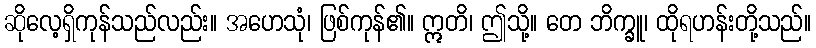
ဆိုလေ့ရှိကုန်သည်လည်း။ အဟေသုံ၊ ဖြစ်ကုန်၏။ ဣတိ၊ ဤသို့။ တေ ဘိက္ခူ၊ ထိုရဟန်းတို့သည်။